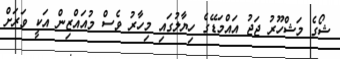
ޝޯގެ މަޝްހޫރު ޖަޖު އައްމަޑޭގެ ހިޔާލުގައި މިހާރު ވެސް މުއައްޒިން އަކީ ވަރަށް